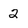
Character: 2